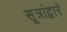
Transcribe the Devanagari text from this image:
सूत्रांद्वारे